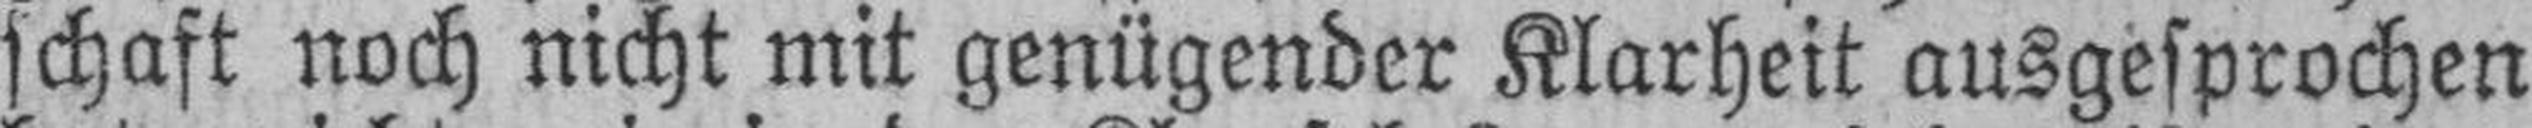
schaft noch nicht mit genügender Klarheit ausgesprochen